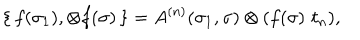
LaTeX: \{ \, f ( \sigma _ { 1 } ) , \otimes f ( \sigma ) \, \} = A ^ { ( n ) } ( \sigma _ { 1 } , \sigma ) \otimes ( f ( \sigma ) \, \, t _ { n } ) ,